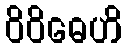
ဝိဝိဓေဟိ